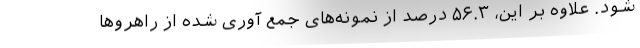
شود. علاوه بر این، ۵۶.۳ درصد از نمونه‌های جمع آوری شده از راهروها